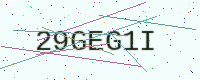
Text: 29GEG1I